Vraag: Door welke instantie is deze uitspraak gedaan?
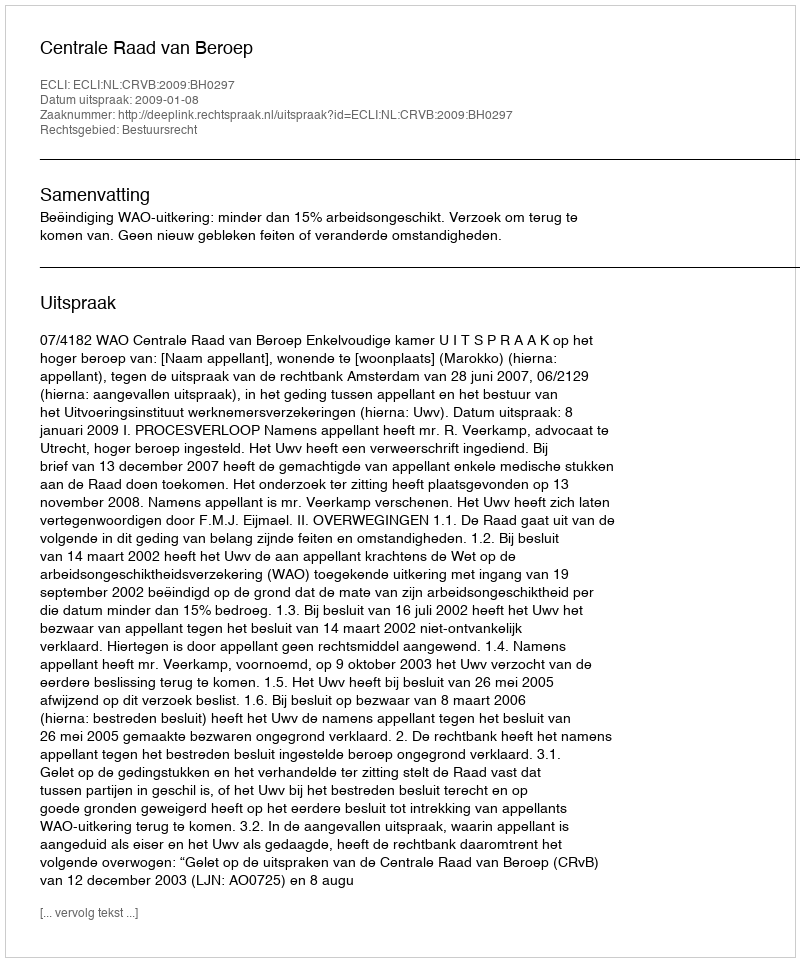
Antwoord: Centrale Raad van Beroep